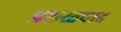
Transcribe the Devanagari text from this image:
प्रशस्तवाद